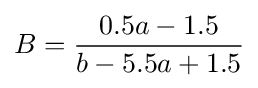
B={\frac {0.5a-1.5}{b-5.5a+1.5}}